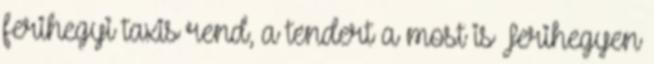
ferihegyi taxis rend, a tendert a most is Ferihegyen